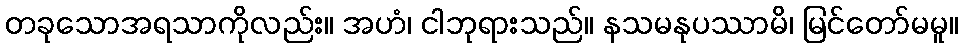
တခုသောအရသာကိုလည်း။ အဟံ၊ ငါဘုရားသည်။ နသမနုပဿာမိ၊ မြင်တော်မမူ။